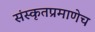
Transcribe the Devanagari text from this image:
संस्कृतप्रमाणेच